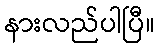
နားလည်ပါပြီ။